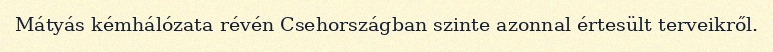
Mátyás kémhálózata révén Csehországban szinte azonnal értesült terveikről.